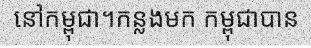
នៅកម្ពុជា។កន្លងមក កម្ពុជាបាន